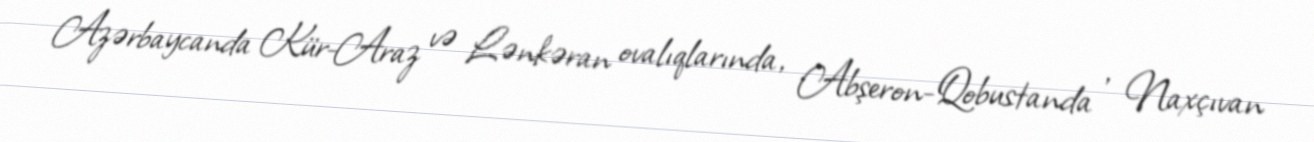
Azərbaycanda Kür-Araz və Lənkəran ovalıqlarında, Abşeron-Qobustanda , Naxçıvan